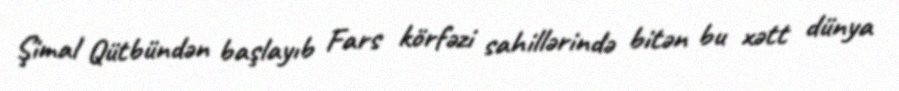
Şimal Qütbündən başlayıb Fars körfəzi sahillərində bitən bu xətt dünya